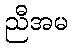
ညီအမ